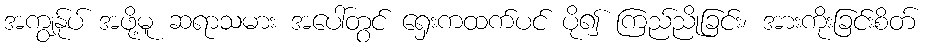
အကျွန်ုပ် အဖို့မူ ဆရာသမား အပေါ်တွင် ရှေးကထက်ပင် ပို၍ ကြည်ညိုခြင်း၊ အားကိုးခြင်းစိတ်